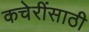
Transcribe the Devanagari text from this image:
कचेरींसाठी